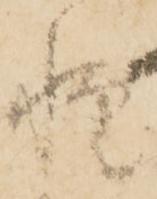
憚